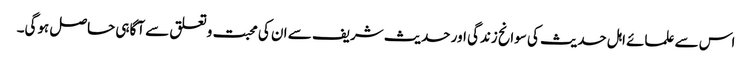
اس سے علمائے اہل حدیث کی سوانح زندگی اور حدیث شریف سے ان کی محبت وتعلق سے آگاہی حاصل ہوگی۔